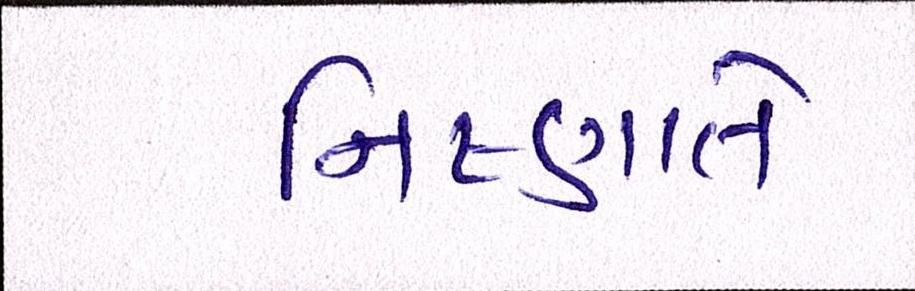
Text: નિષ્ણાતે